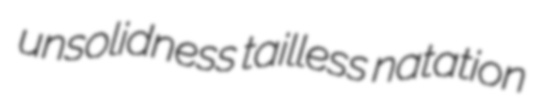
unsolidness tailless natation